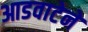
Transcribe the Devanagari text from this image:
आडवाटेने